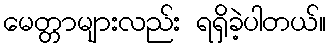
မေတ္တာများလည်း ရရှိခဲ့ပါတယ်။